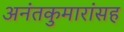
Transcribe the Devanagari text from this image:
अनंतकुमारांसह